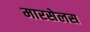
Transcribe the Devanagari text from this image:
मारसेलस